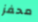
محفز